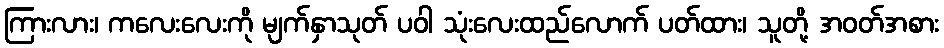
ကြားလား၊ ကလေးလေးကို မျက်နှာသုတ် ပဝါ သုံးလေးထည်လောက် ပတ်ထား၊ သူတို့ အဝတ်အစား